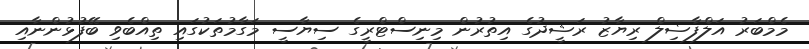
މެމްބަރު އަލްފާޟިލް ރިޔާޒު ރަޝީދުގެ އިތުރުން މިނިސްޓްރީގެ ސިޔާސީ މަގާމުތަކުގައި ތިއްބެވި ބޭފުޅުންނާއި